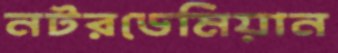
নটরডেমিয়ান